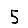
Digit: 5